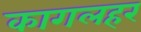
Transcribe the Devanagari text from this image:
कागलहर